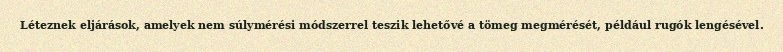
Léteznek eljárások, amelyek nem súlymérési módszerrel teszik lehetővé a tömeg megmérését, például rugók lengésével.